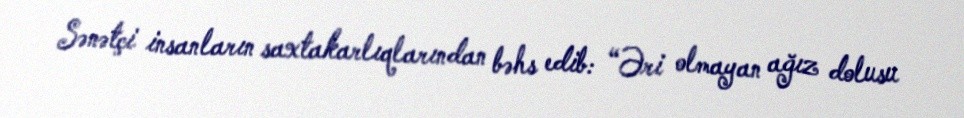
Sənətçi insanların saxtakarlıqlarından bəhs edib: “Əri olmayan ağız dolusu